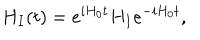
H _ { I } ( t ) = e ^ { i H _ { 0 } t } H _ { I } e ^ { - i H _ { 0 } t } ,